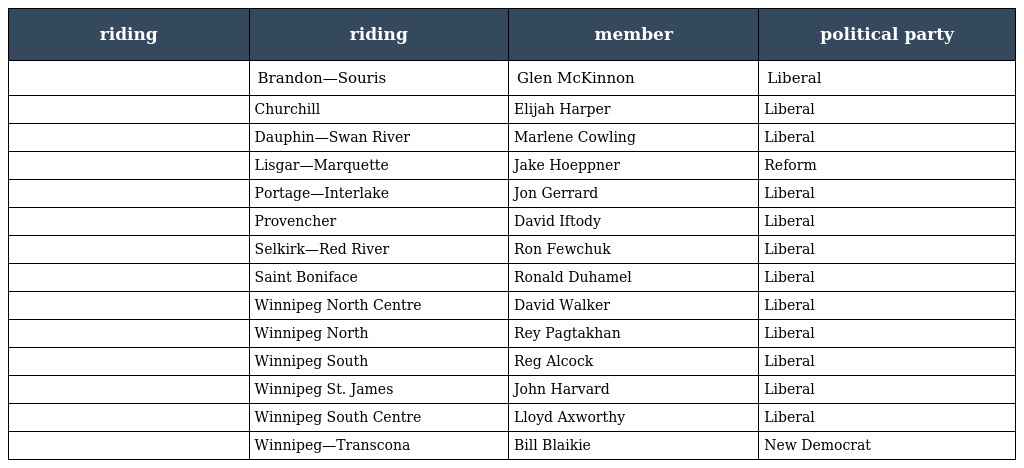
| riding | riding | member | political party |
 | --- | --- | --- | --- |
 |  | Brandon—Souris | Glen McKinnon | Liberal |
 |  | Churchill | Elijah Harper | Liberal |
 |  | Dauphin—Swan River | Marlene Cowling | Liberal |
 |  | Lisgar—Marquette | Jake Hoeppner | Reform |
 |  | Portage—Interlake | Jon Gerrard | Liberal |
 |  | Provencher | David Iftody | Liberal |
 |  | Selkirk—Red River | Ron Fewchuk | Liberal |
 |  | Saint Boniface | Ronald Duhamel | Liberal |
 |  | Winnipeg North Centre | David Walker | Liberal |
 |  | Winnipeg North | Rey Pagtakhan | Liberal |
 |  | Winnipeg South | Reg Alcock | Liberal |
 |  | Winnipeg St. James | John Harvard | Liberal |
 |  | Winnipeg South Centre | Lloyd Axworthy | Liberal |
 |  | Winnipeg—Transcona | Bill Blaikie | New Democrat |